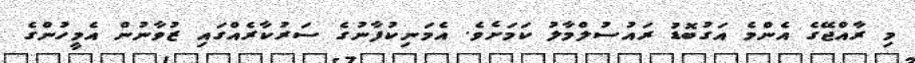
މި ރާއްޖޭގެ އެންމެ އަގުބޮޑު ރައުސުލްމާލު ކަމަށެވެ. އެމަނިކުފާނުގެ ސަރުކާރެއްގައި ޒުވާނުން އެމީހުންގެ